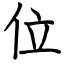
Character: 位